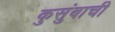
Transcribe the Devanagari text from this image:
कुसुंबाची